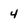
Character: 4